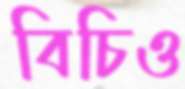
বিচিও